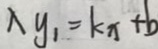
x y _ { 1 } = k _ { x } + b